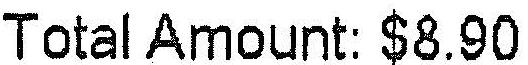
TOTAL AMOUNT: $8.90